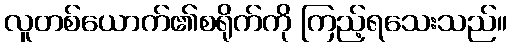
လူတစ်ယောက်၏စရိုက်ကို ကြည့်ရသေးသည်။